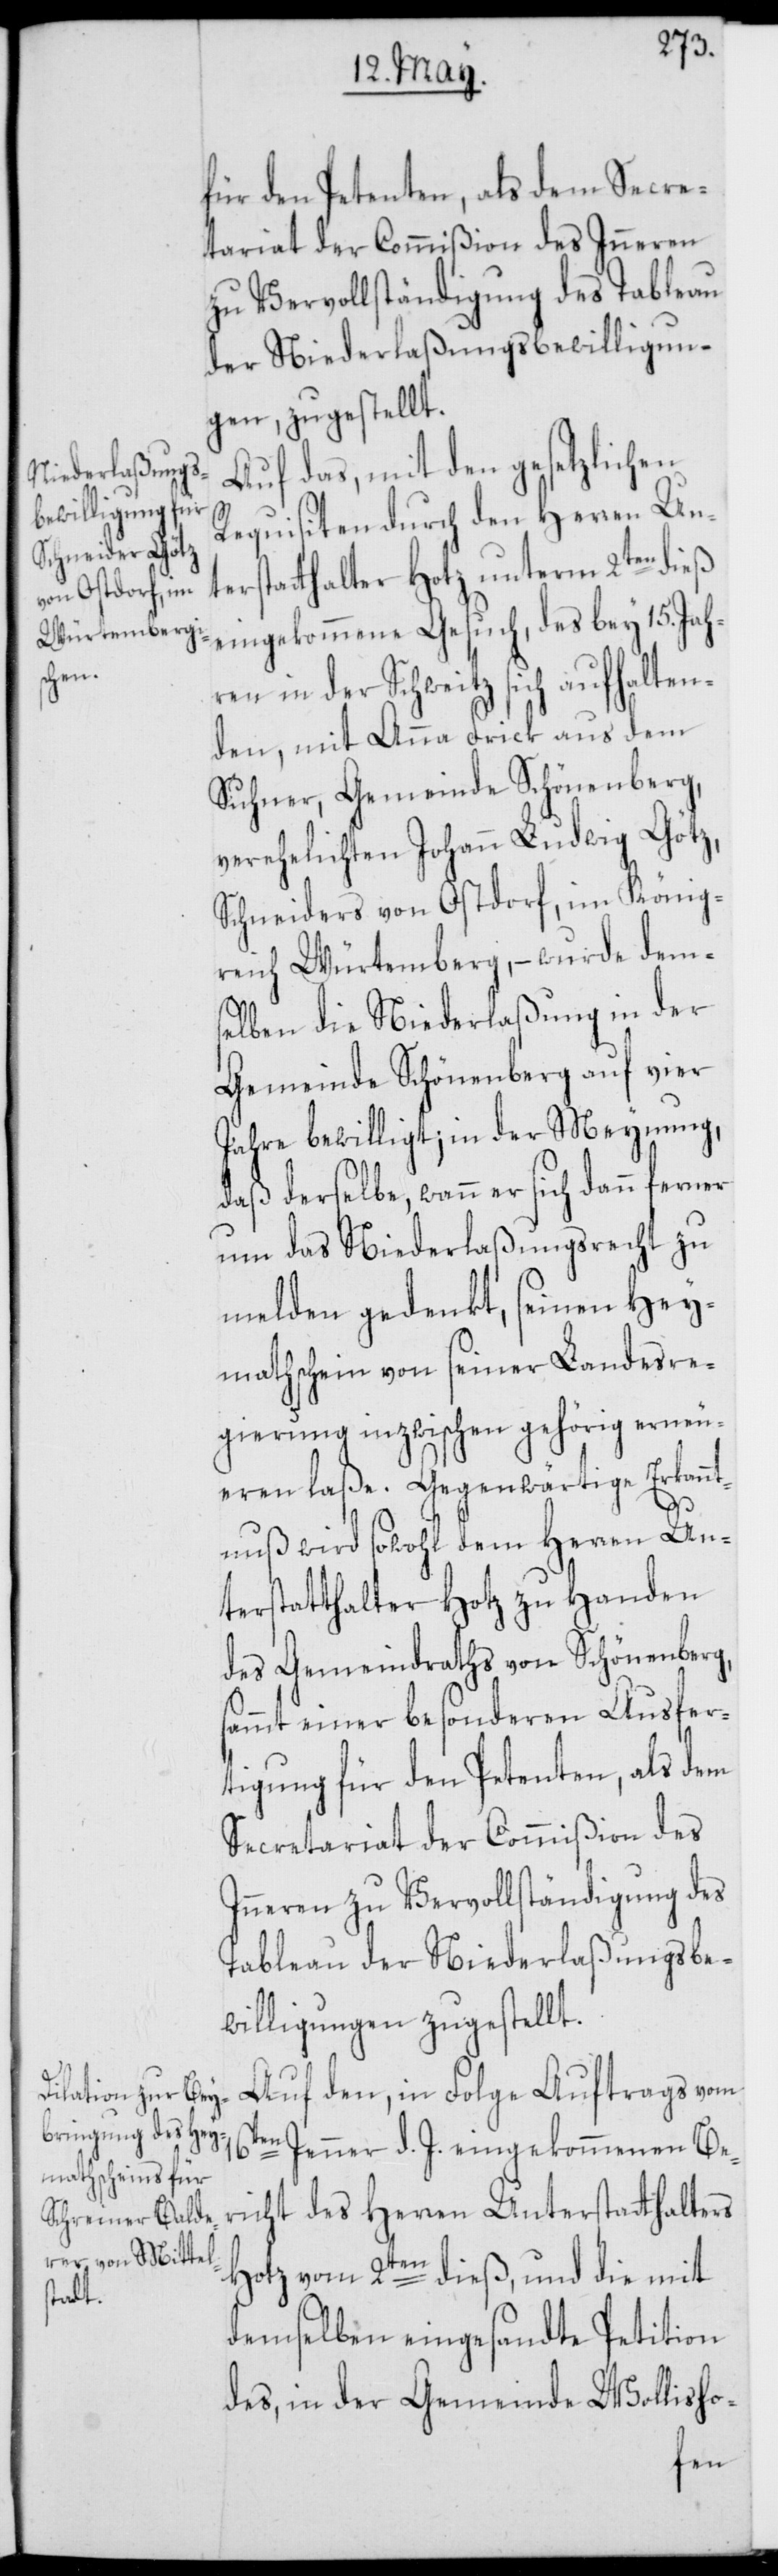
für den Petenten, als dem Secre¬
tariat der Commißion des Inneren
zu Vervollständigung des Tableau
der Niederlaßungsbewilligun¬
gen, zugestellt.
Auf das, mit den gesetzlichen
Requisiten durch den Herren Unt¬
erstatthalter Hotz unterm 2ten dieß
eingekommene Gesuch, des bey 15. Jah¬
ren in der Schweitz sich aufhalten¬
den, mit Anna Frick aus dem
Suhner, Gemeinde Schönenberg,
verehelichten Johann Ludwig Götz,
Schneiders von Ostdorf, im König¬
reich Würtemberg, – wurde dem¬
selben die Niederlaßung in der
Gemeinde Schönenberg auf vier
Jahre bewilligt; in der Meynung,
daß derselbe, wann er sich dann ferner
um das Niederlaßungsrecht zu
melden gedenkt, seinen Hey¬
mathschein von seiner Landesre¬
gierung inzwischen gehörig erneu¬
eren laße. Gegenwärtige Erkannt¬
16t¬
nuß wird sowohl dem Herren Un¬
terstatthalter Hotz zu Handen
des Gemeindraths von Schönenberg,
sammt einer besonderen Ausfer¬
tigung für den Petenten, als dem
Secretariat der Commißion des
Inneren zu Vervollständigung des
Tableau der Niederlaßungsbe¬
willigungen zugestellt.
Auf den, in Folge Auftrags vom
en Jenner d. J. eingekommenen Ber¬
icht des Herren Unterstatthalters
Hotz vom 2ten dieß, und die mit
demselben eingesandte Petition
des, in der Gemeinde Wollisho-